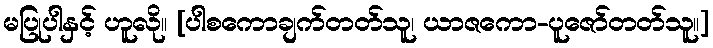
မပြုပါနှင့် ဟူလို။ [ပါစကောချက်တတ်သူ၊ ယာဇကော-ပူဇော်တတ်သူ။]